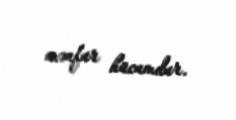
mənfur hücumdur.